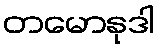
တမောနုဒါ